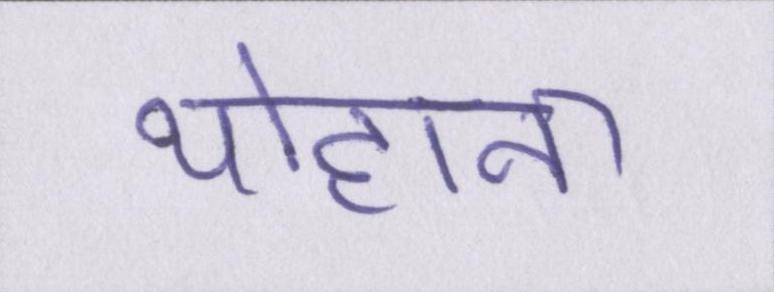
योहाना